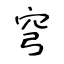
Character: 穹